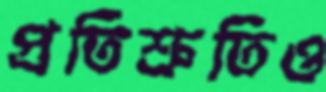
প্রতিশ্রুতিও